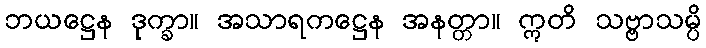
ဘယဋ္ဌေန ဒုက္ခာ။ အသာရကဋ္ဌေန အနတ္တာ။ ဣတိ သဗ္ဗာသမ္ပိ